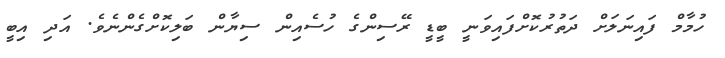
ހުމާމް ފައިނަލަށް ދަތުރުކޮށްފައިވަނީ ބީޑީ ރޭސިންގެ ހުސެއިން ސިޔާން ބަލިކޮށްގެންނެވެ. އަދި އިބީ